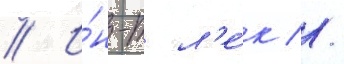
// И́н-т л'е́к //